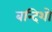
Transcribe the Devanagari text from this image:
बन्दिशो